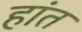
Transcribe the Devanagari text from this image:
हांत